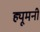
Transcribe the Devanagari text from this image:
ह्यूमनी